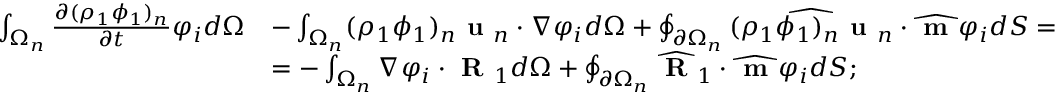
\begin{array} { r l } { \int _ { \Omega _ { n } } \frac { \partial ( \rho _ { 1 } \phi _ { 1 } ) _ { n } } { \partial t } \varphi _ { i } d \Omega } & { - \int _ { \Omega _ { n } } ( \rho _ { 1 } \phi _ { 1 } ) _ { n } \textbf { u } _ { n } \cdot \nabla \varphi _ { i } d \Omega + \oint _ { \partial \Omega _ { n } } \widehat { ( \rho _ { 1 } \phi _ { 1 } ) _ { n } \textbf { u } _ { n } } \cdot \widehat { \textbf { m } } \varphi _ { i } d S = } \\ & { = - \int _ { \Omega _ { n } } \nabla \varphi _ { i } \cdot \textbf { R } _ { 1 } d \Omega + \oint _ { \partial \Omega _ { n } } \widehat { \textbf { R } } _ { 1 } \cdot \widehat { \textbf { m } } \varphi _ { i } d S ; } \end{array}